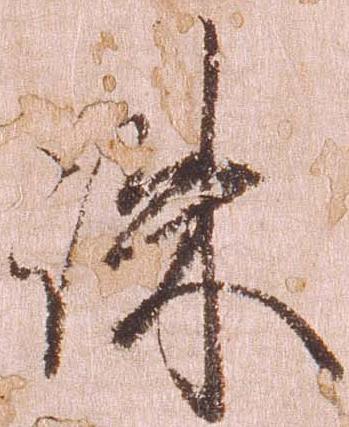
誅